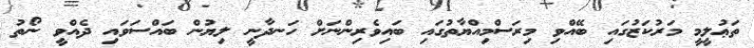
ތަޢުލީމީ މަރުކަޒުގައި ބޭއްވި މިރަސްމިއްޔާތުގައި ބައިވެރިންނަށް ހަނދާނީ ލިޔުން ބައްސަވައި ދެއްވީ ނޯތު